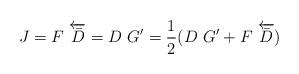
LaTeX: \begin{align*}J=F~\overleftarrow{\bar{D}}=D~G' =\frac{1}{2}(D~G'+F~\overleftarrow{\bar{D}})\end{align*}